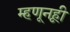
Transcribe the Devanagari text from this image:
म्हणूनहूी